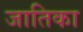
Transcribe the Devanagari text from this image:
जातिका